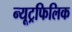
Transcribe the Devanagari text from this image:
न्यूट्रफिलिक